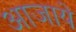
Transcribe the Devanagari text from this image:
आजाये